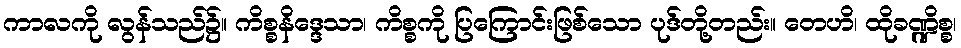
ကာလကို လွန်သည်၌။ ကိစ္စနိဒ္ဒေသာ၊ ကိစ္စကို ပြကြောင်းဖြစ်သော ပုဒ်တို့တည်း။ တေဟိ၊ ထိုခဏ္ဍိစ္စ၊